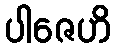
ပါဇေဟိ